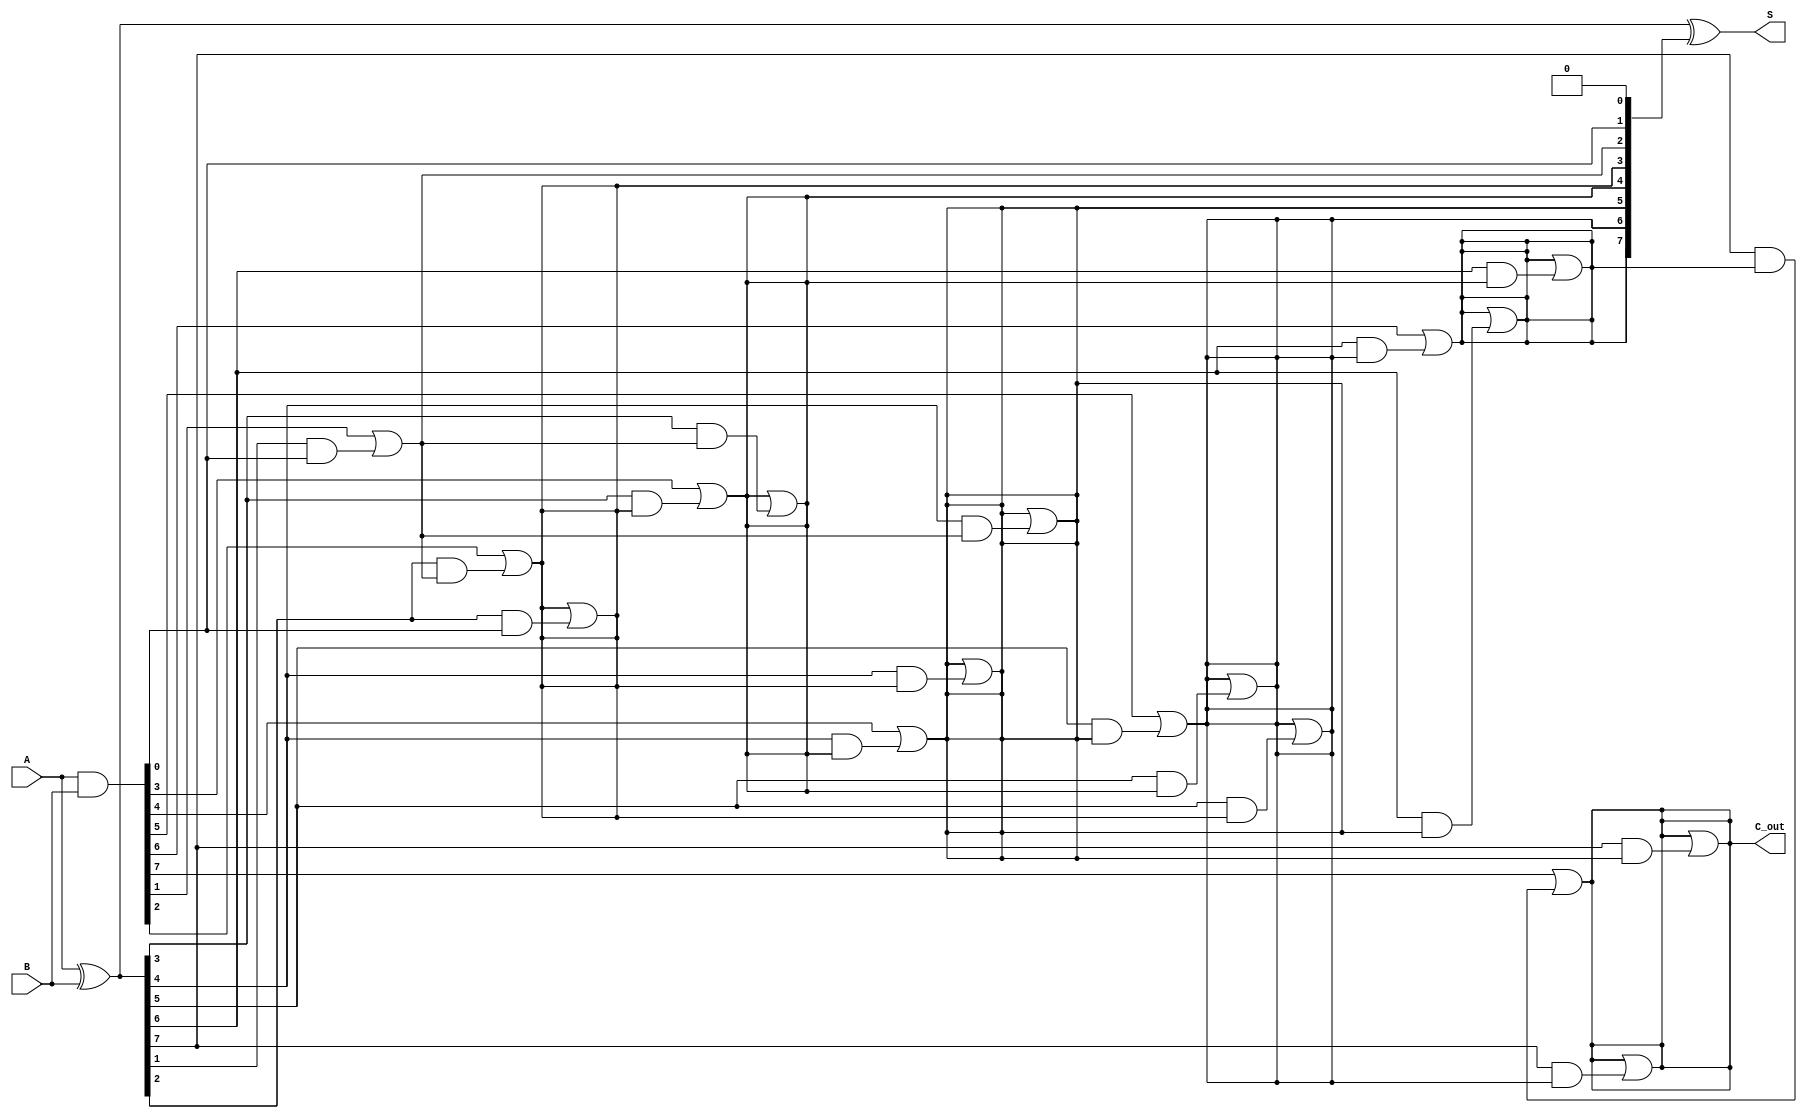
module KoggeStoneAdder #(parameter N = 8) (
    input  [N-1:0] A,    // First input
    input  [N-1:0] B,    // Second input
    output [N-1:0] S,     // Sum output
    output        C_out    // Carry out
);

    // Generate and Propagate signals
    wire [N-1:0] G; // Generate
    wire [N-1:0] P; // Propagate
    wire [N:0] C;   // Carry signals (C[0] is the initial carry-in, C[N] is the carry-out)

    // Compute Generate and Propagate signals
    assign G = A & B;           // G[i] = A[i] & B[i]
    assign P = A ^ B;           // P[i] = A[i] ^ B[i]

    // Initial carry-in (C[0] = 0)
    assign C[0] = 1'b0; // Assuming no initial carry-in

    // Kogge-Stone carry computation
    genvar i, j, k;
    generate
        // Stage 1
        for (i = 0; i < N; i = i + 1) begin
            if (i == 0) begin
                assign C[i + 1] = G[i] | (P[i] & C[0]);
            end else begin
                assign C[i + 1] = G[i] | (P[i] & C[i]);
            end
        end

        // Subsequent stages
        for (k = 1; k < $clog2(N); k = k + 1) begin
            for (j = 0; j < N; j = j + 1) begin
                if (j >= (1 << k)) begin
                    assign C[j + 1] = C[j + 1] | (P[j] & C[j - (1 << (k - 1))]);
                end
            end
        end
    endgenerate

    // Sum calculation
    assign S = P ^ C[N-1:0]; // S[i] = P[i] ^ C[i]

    // Final carry-out
    assign C_out = C[N];

endmodule